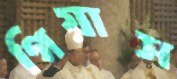
গিয়াস